Annual report on the working of the lock hospitals in the North-Western Provinces and Oudh
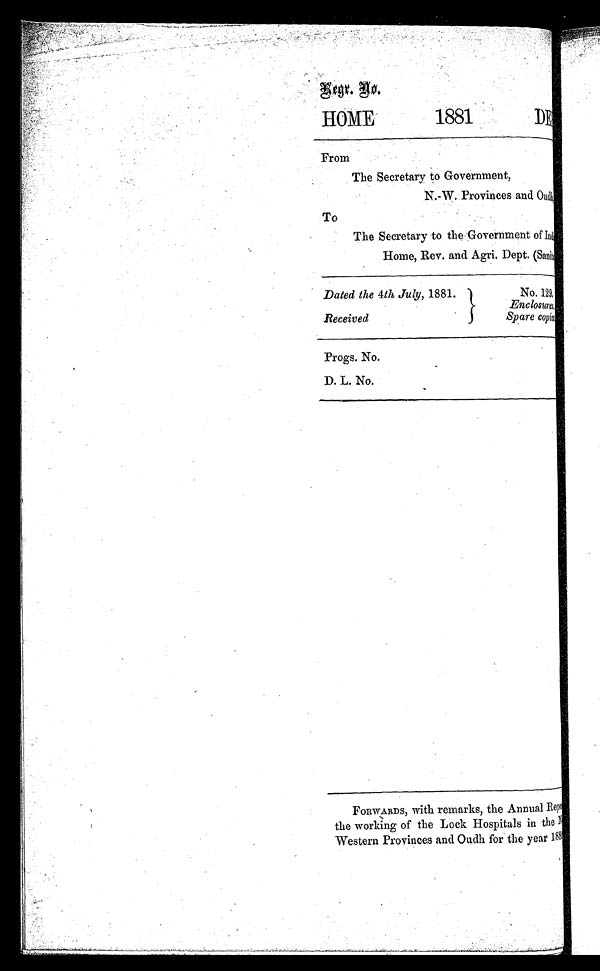
gtgr.
HOME
1881
DE1
_
-
From
The Secretary to Government,
N.-W. Provinces and °mil),
To
The Secretary to the Government of
Home, Rev. and Agri. Dept. (Sanii
Dated the 4th July, 1881.
No. 129,
Enclosures,.
Received
Spare copies
Progs. No.
D. L. No.
FORWARDS, with remarks, the Annual Repo
the working of the Lock Hospitals in the
Western Provinces and Oudh for the year 185